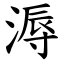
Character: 溽